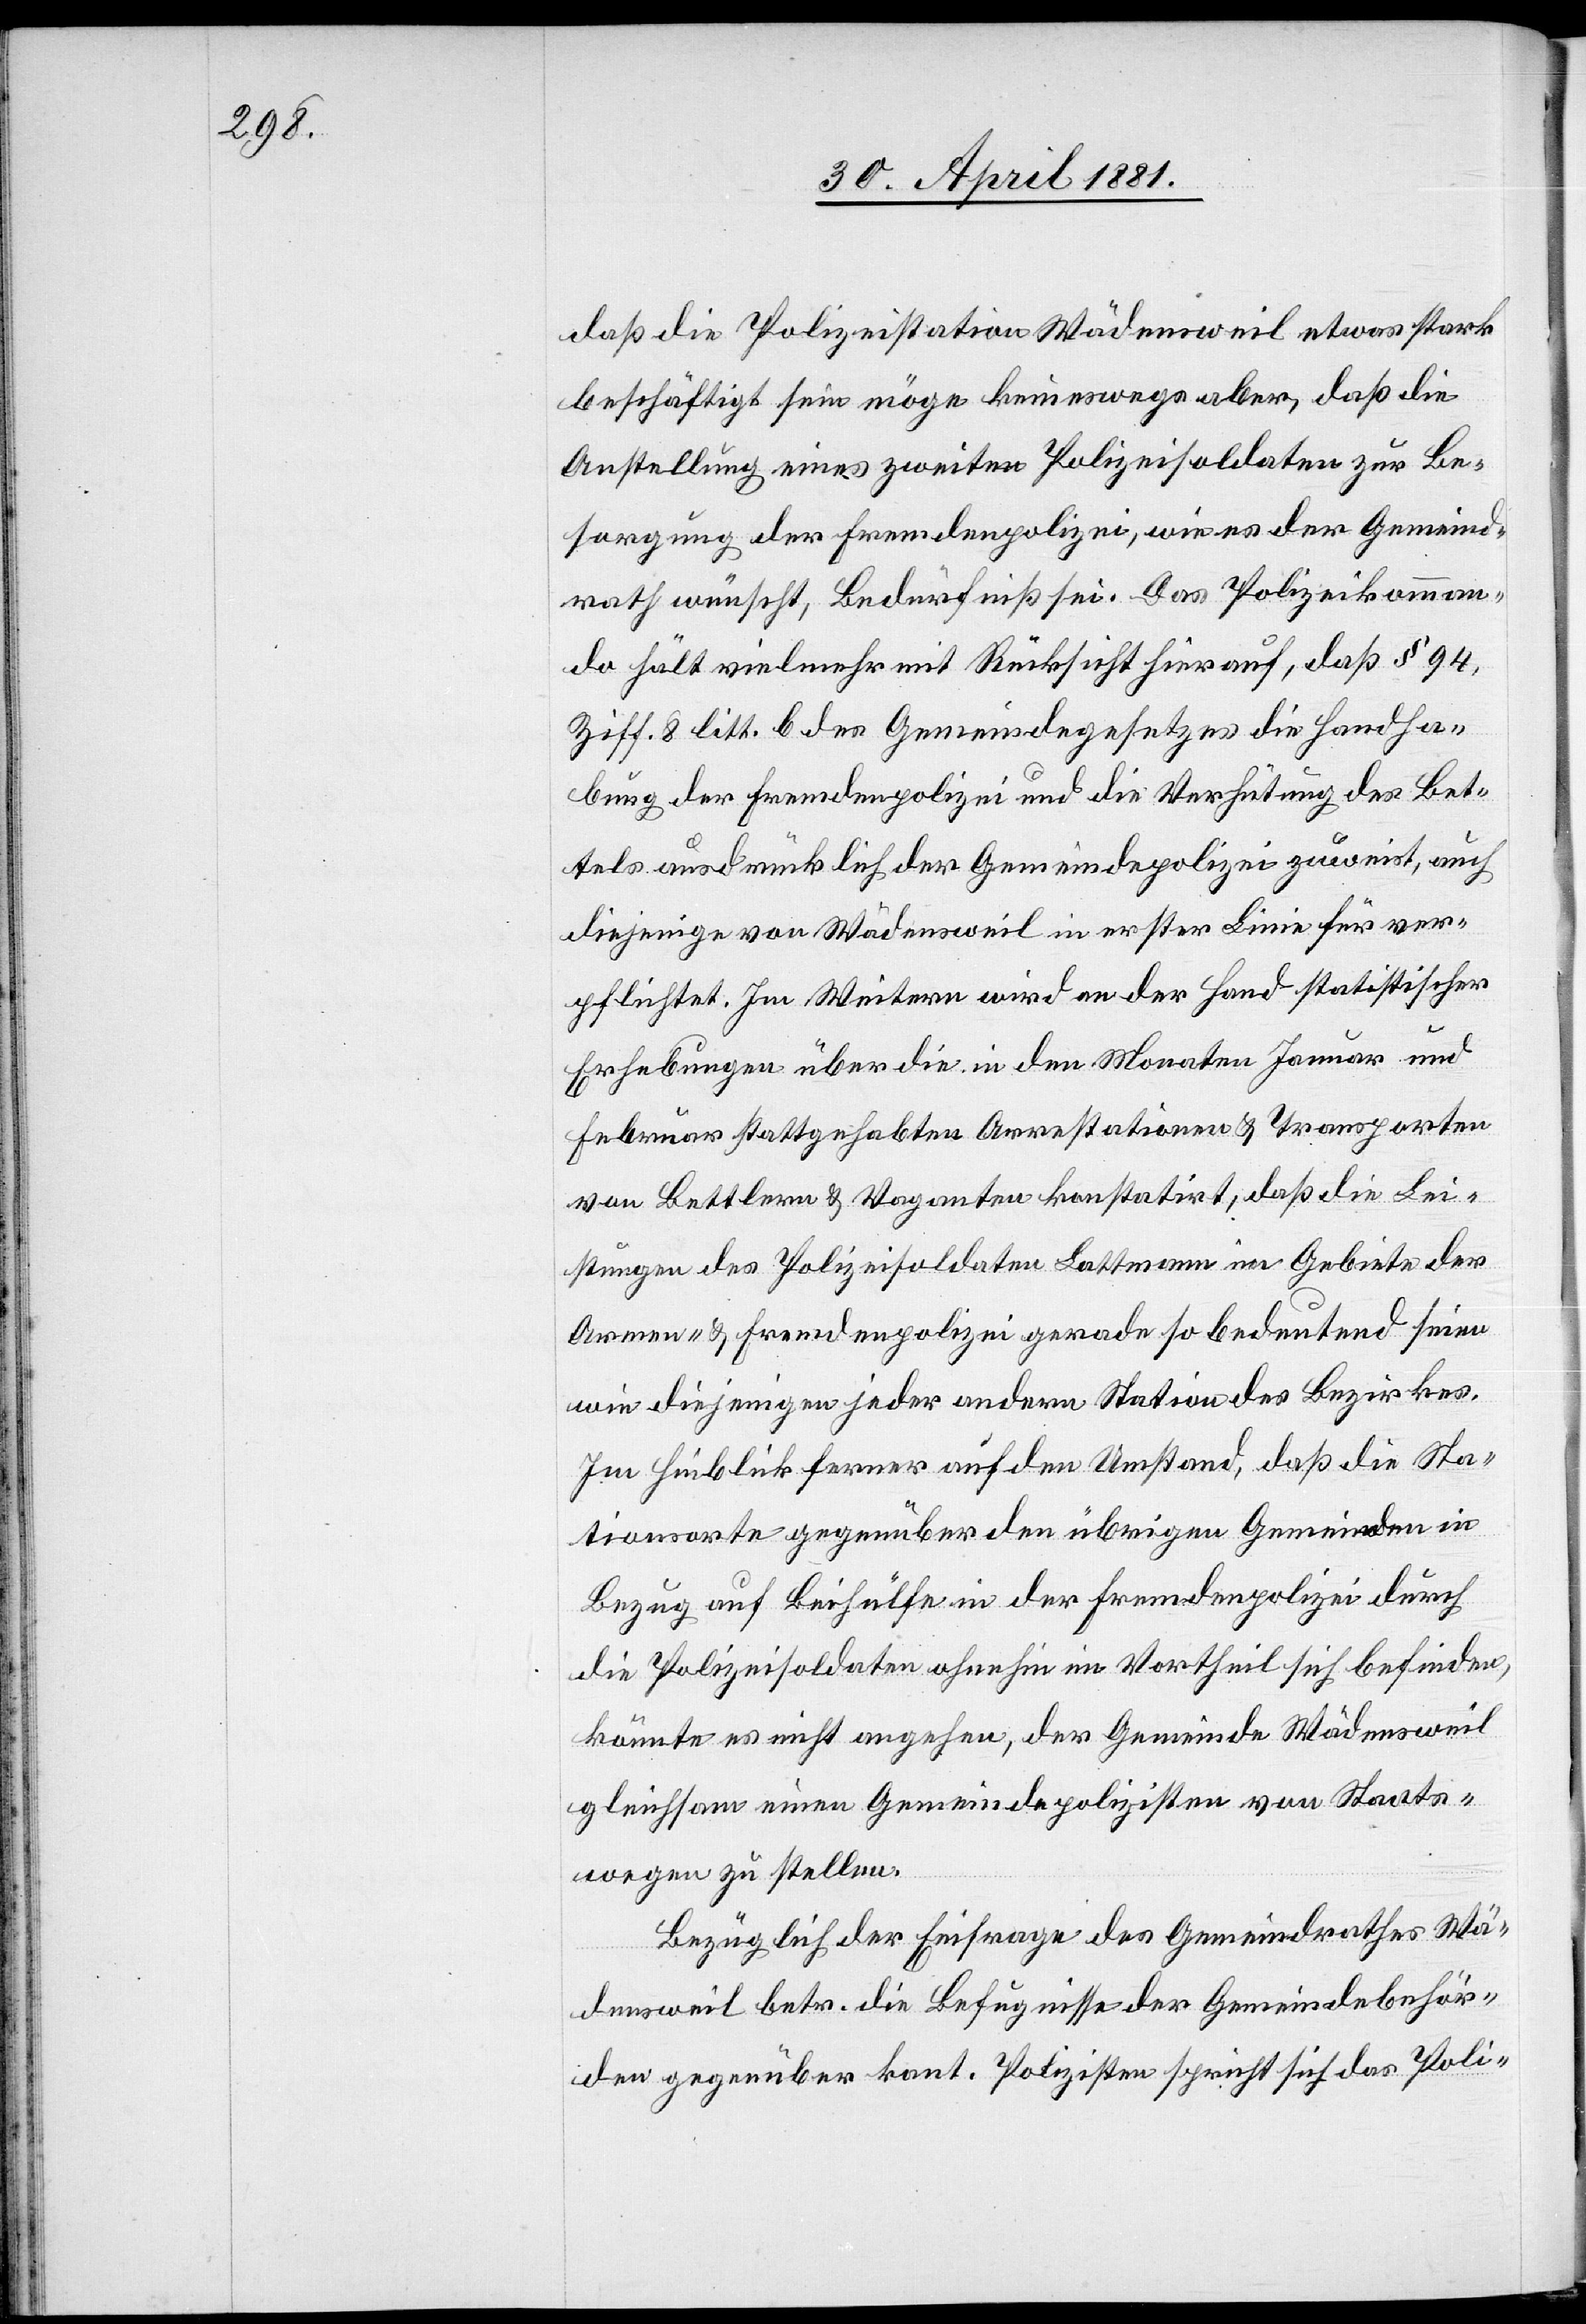
daß die Polizeistation Wädensweil etwas stark
beschäftigt sein möge keineswegs aber, daß die
Anstellung eines zweiten Polizeisoldaten zur Be¬
sorgung der Fremdenpolizei wie es der Gemeind¬
rath wünscht, Bedürfniß sei. Das Polizeikomman¬
do hält vielmehr mit Rücksicht hierauf, daß § 94,
Ziff. 8 litt. b des Gemeindegesetzes die Handha¬
bung der Fremdenpolizei und die Verhütung des Bet¬
tels ausdrücklich der Gemeindepolizei zuweist, auch
diejenige von Wädensweil in erster Linie für ver¬
pflichtet. Im Weitern wird an der Hand statistischer
Erhebungen über die in den Monaten Januar und
Februar stattgehabten Arrestationen & Transporten
von Bettlern & Vaganten konstatirt, daß die Lei¬
stungen des Polizeisoldaten Lattmann im Gebiete der
Armen- & Fremdenpolizei gerade so bedeutend seien
wie diejenigen jeder andern Station des Bezirkes.
Im Hinblick ferner auf den Umstand, daß die Sta¬
tionsorte gegenüber den übrigen Gemeinden in
Bezug auf Beihülfe in der Fremdenpolizei durch
die Polizeisoldaten ohnehin im Vortheil sich befinden,
könnte es nicht angehen, der Gemeinde Wädensweil
gleichsam einen Gemeindepolizisten von Staats¬
wegen zu stellen.
Bezüglich der Einfrage des Gemeindrathes Wä¬
densweil betr. die Befugnisse der Gemeindebehör¬
den gegenüber kant. Polizisten spricht sich das Poli-